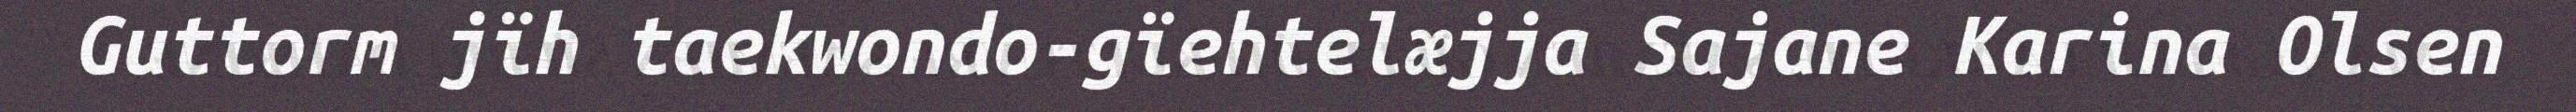
Guttorm jïh taekwondo-gïehtelæjja Sajane Karina Olsen